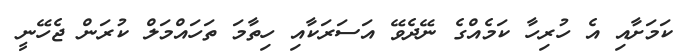
ކަމަށާއި އެ ހުރިހާ ކަމެއްގެ ނޭދެވޭ އަސަރަކާއި ހިތާމަ ތަހައްމަލް ކުރަން ޖެހޭނީ